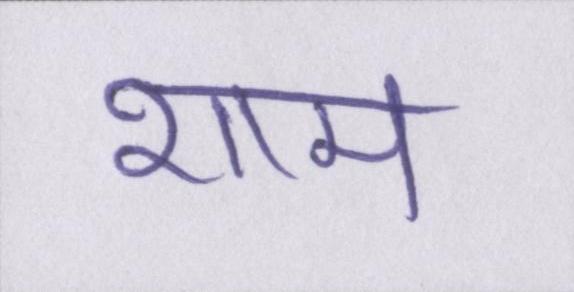
शाम